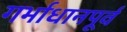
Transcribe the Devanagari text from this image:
गर्भाधानपूर्व